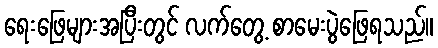
ရေးဖြေများအပြီးတွင် လက်တွေ့ စာမေးပွဲဖြေရသည်။